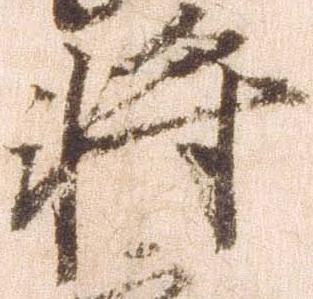
将